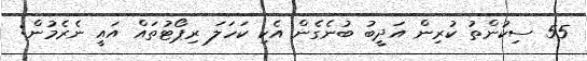
55 ސިކުންތު ކުރިން އަދީބު ބުނެގެން އެކި ކަހަލަ ރިޕޯޓުތައް އައީ ނެރެމުން: